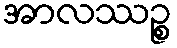
အာလဿဉ္စ